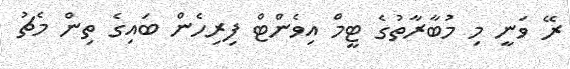
ރޭ ވަނީ މި މުބާރާތުގެ ޓީމް އިވެންޓް ފިރިހެން ބައިގެ ތިން މެޗު